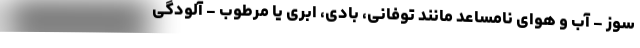
سوز - آب و هوای نامساعد مانند توفانی، بادی، ابری یا مرطوب - آلودگی